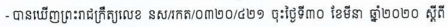
- បានឃើញព្រះរាជក្រឺត្យលេខ នស/រកត/០៣២០/៤២១ ចុះថ្ងៃទី៣០ ខែមីនា ឆ្នាំ២០២០ ស្ដីពី